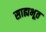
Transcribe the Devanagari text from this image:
साह्यभूत